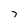
Character: 7